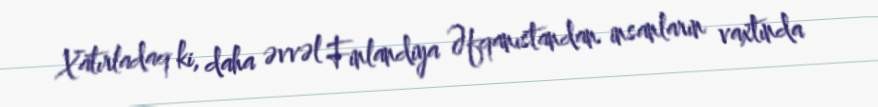
Xatırladaq ki, daha əvvəl Finlandiya Əfqanıstandan insanların vaxtında